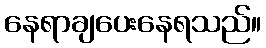
နေရာချပေးနေရသည်။